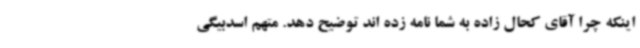
اینکه چرا آقای کحال زاده به شما نامه زده اند توضیح دهد. متهم اسدبیگی